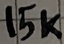
Text: 15K